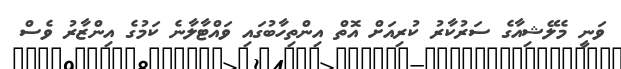
ވަނީ މެލޭޝިއާގެ ސަރުކާރު ކުރިއަށް އޮތް އިންތިހާބުގައި ވައްޓާލާނެ ކަމުގެ އިންޒާރު ވެސް